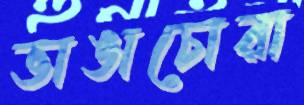
ভাঙাচোরা